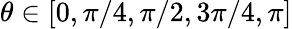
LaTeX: \theta\in[0,\pi/4,\pi/2,3\pi/4,\pi]